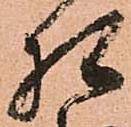
相